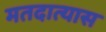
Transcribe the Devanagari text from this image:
मतदात्यास